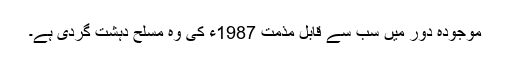
موجودہ دور میں سب سے قابل مذمت 1987ء کی وہ مسلح دہشت گردی ہے۔